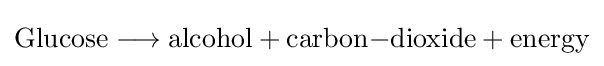
{\mathrm {Glucose} {}\mathrel {\longrightarrow } {}\mathrm {alcohol} {}+{}\mathrm {carbon} {-}\mathrm {dioxide} {}+{}\mathrm {energy} }